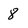
Character: 8